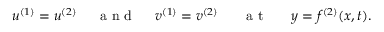
\begin{array} { r } { u ^ { ( 1 ) } = u ^ { ( 2 ) } ~ ~ ~ ~ \mathrm { ~ a ~ n ~ d ~ } ~ ~ ~ ~ v ^ { ( 1 ) } = v ^ { ( 2 ) } ~ ~ ~ ~ ~ \mathrm { ~ a ~ t ~ } ~ ~ ~ ~ ~ y = f ^ { ( 2 ) } ( x , t ) . } \end{array}